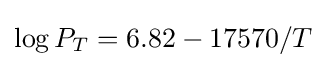
\log P_{T}=6.82-17570/T